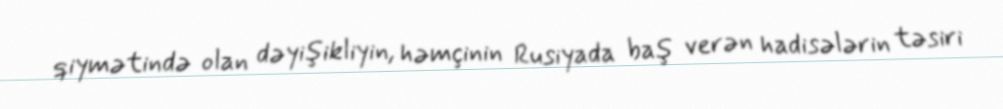
qiymətində olan dəyişikliyin, həmçinin Rusiyada baş verən hadisələrin təsiri